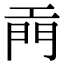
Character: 𫔙